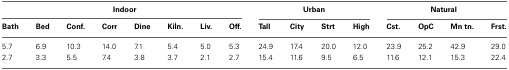
<table><thead><tr><td colspan="8"><b>Indoor</b></td><td colspan="4"><b>Urban</b></td><td colspan="4"><b>Natural</b></td></tr><tr><td><b>Bath</b></td><td><b>Bed</b></td><td><b>Conf.</b></td><td><b>Corr</b></td><td><b>Dine</b></td><td><b>Kiİn.</b></td><td><b>Liv.</b></td><td><b>Off.</b></td><td><b>Tall</b></td><td><b>City</b></td><td><b>Strt</b></td><td><b>High</b></td><td><b>Cst.</b></td><td><b>OpC</b></td><td><b>Mn tn.</b></td><td><b>Frst.</b></td></tr></thead><tbody><tr><td>5.7</td><td>6.9</td><td>10.3</td><td>14.0</td><td>7.1</td><td>5.4</td><td>5.0</td><td>5.3</td><td>24.9</td><td>17.4</td><td>20.0</td><td>12.0</td><td>23.9</td><td>25.2</td><td>42.9</td><td>29.0</td></tr><tr><td>2.7</td><td>3.3</td><td>5.5</td><td>7.4</td><td>3.8</td><td>3.7</td><td>2.1</td><td>2.7</td><td>15.4</td><td>11.6</td><td>9.5</td><td>6.5</td><td>11.6</td><td>12.1</td><td>15.3</td><td>22.4</td></tr></tbody></table>